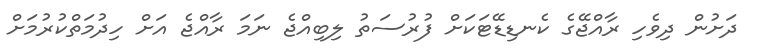
ދަށުން ދިވެހި ރާއްޖޭގެ ކެނޑިޑޭޓަކަށް ފުރުސަތު ލިބިއްޖެ ނަމަ ރާއްޖެ އަށް ހިދުމަތްކުރުމަށް